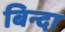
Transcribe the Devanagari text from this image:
बिन्दा